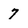
Character: 7